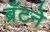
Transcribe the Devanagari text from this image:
ब्रँटने